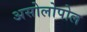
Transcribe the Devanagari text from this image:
असोलोपोल